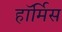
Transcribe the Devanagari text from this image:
हॉर्मिस